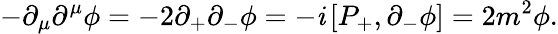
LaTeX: -\partial_{\mu}\partial^{\mu}\phi=-2\partial_{+}\partial_{-}\phi=-\mathit{i}\left[P_{+},\partial_{-}\phi\right]=2m^{2}\phi.